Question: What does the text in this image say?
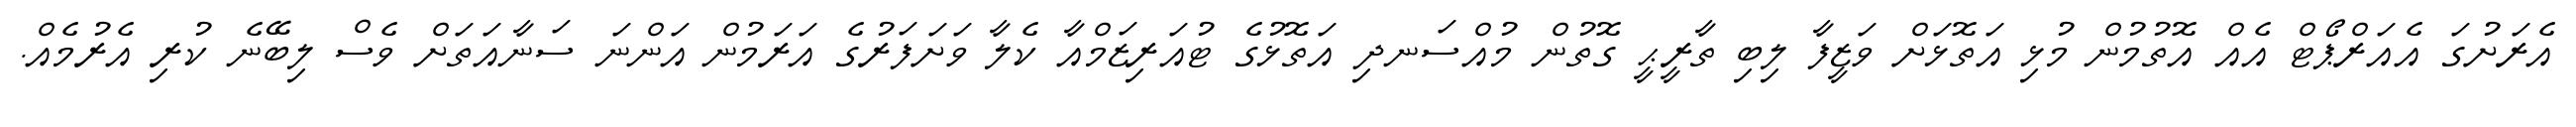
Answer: އެރަށުގަ އެއަރްޕޯޓް އެއް އޮތުމުން މުޅި އަތޮޅަށް ވަޒީފާ ލިބި ތާރީޙީ ގޮތުން މުއްސަނދި އަތޮޅުގެ ޓުއަރިޒަމްއާ ކެލާ ވަށަފަރުގެ އަރަމުން އަންނަ ސަނާއަތަށް ވެސް ލިބޭނެ ކުރި އެރުމެއް.